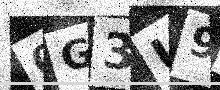
Text: 0G3U9Z